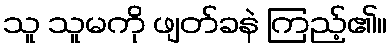
သူ သူမကို ဖျတ်ခနဲ ကြည့်၏။